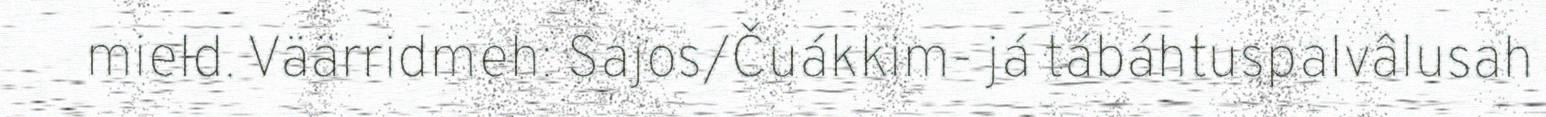
mield. Väärridmeh: Sajos/Čuákkim- já tábáhtuspalvâlusah